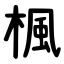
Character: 楓